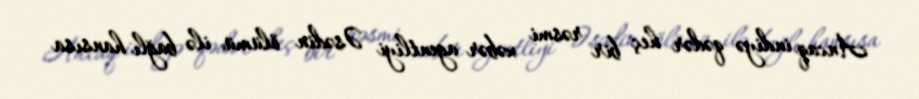
Ancaq indiyə qədər heç bir rəsmi xəbər agentliyi Əsədin ölümü ilə bağlı hansısa